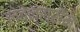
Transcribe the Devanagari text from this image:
लेबेन्स्रॉम